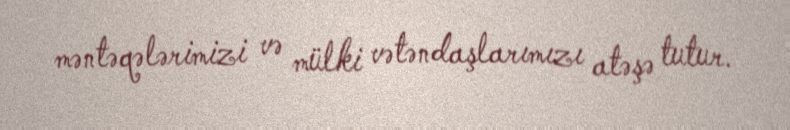
məntəqələrimizi və mülki vətəndaşlarımızı atəşə tutur.